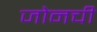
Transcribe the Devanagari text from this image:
जोनची